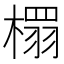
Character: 𮲹